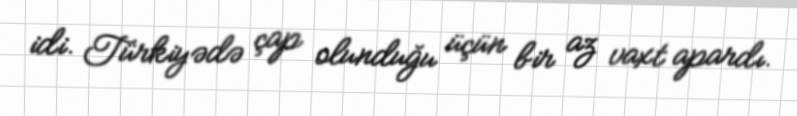
idi. Türkiyədə çap olunduğu üçün bir az vaxt apardı.